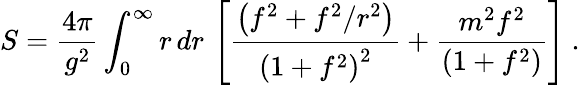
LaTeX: S={\frac{4\pi}{g^{2}}}\int_{0}^{\infty}r\, dr\, \left[{\frac{\left(f^{2}+f^{2}/r^{2}\right)}{\left(1+f^{2}\right)^{2}}}+{\frac{m^{2}f^{2}}{\left(1+f^{2}\right)}}\right]~.